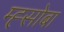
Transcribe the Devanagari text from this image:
म्ह्सोबा